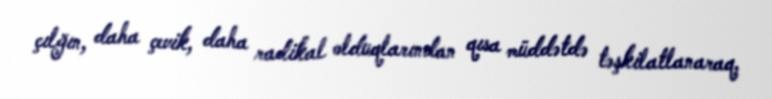
çılğın, daha çevik, daha radikal olduqlarından qısa müddətdə təşkilatlanaraq,